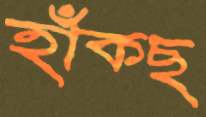
হাঁকছ